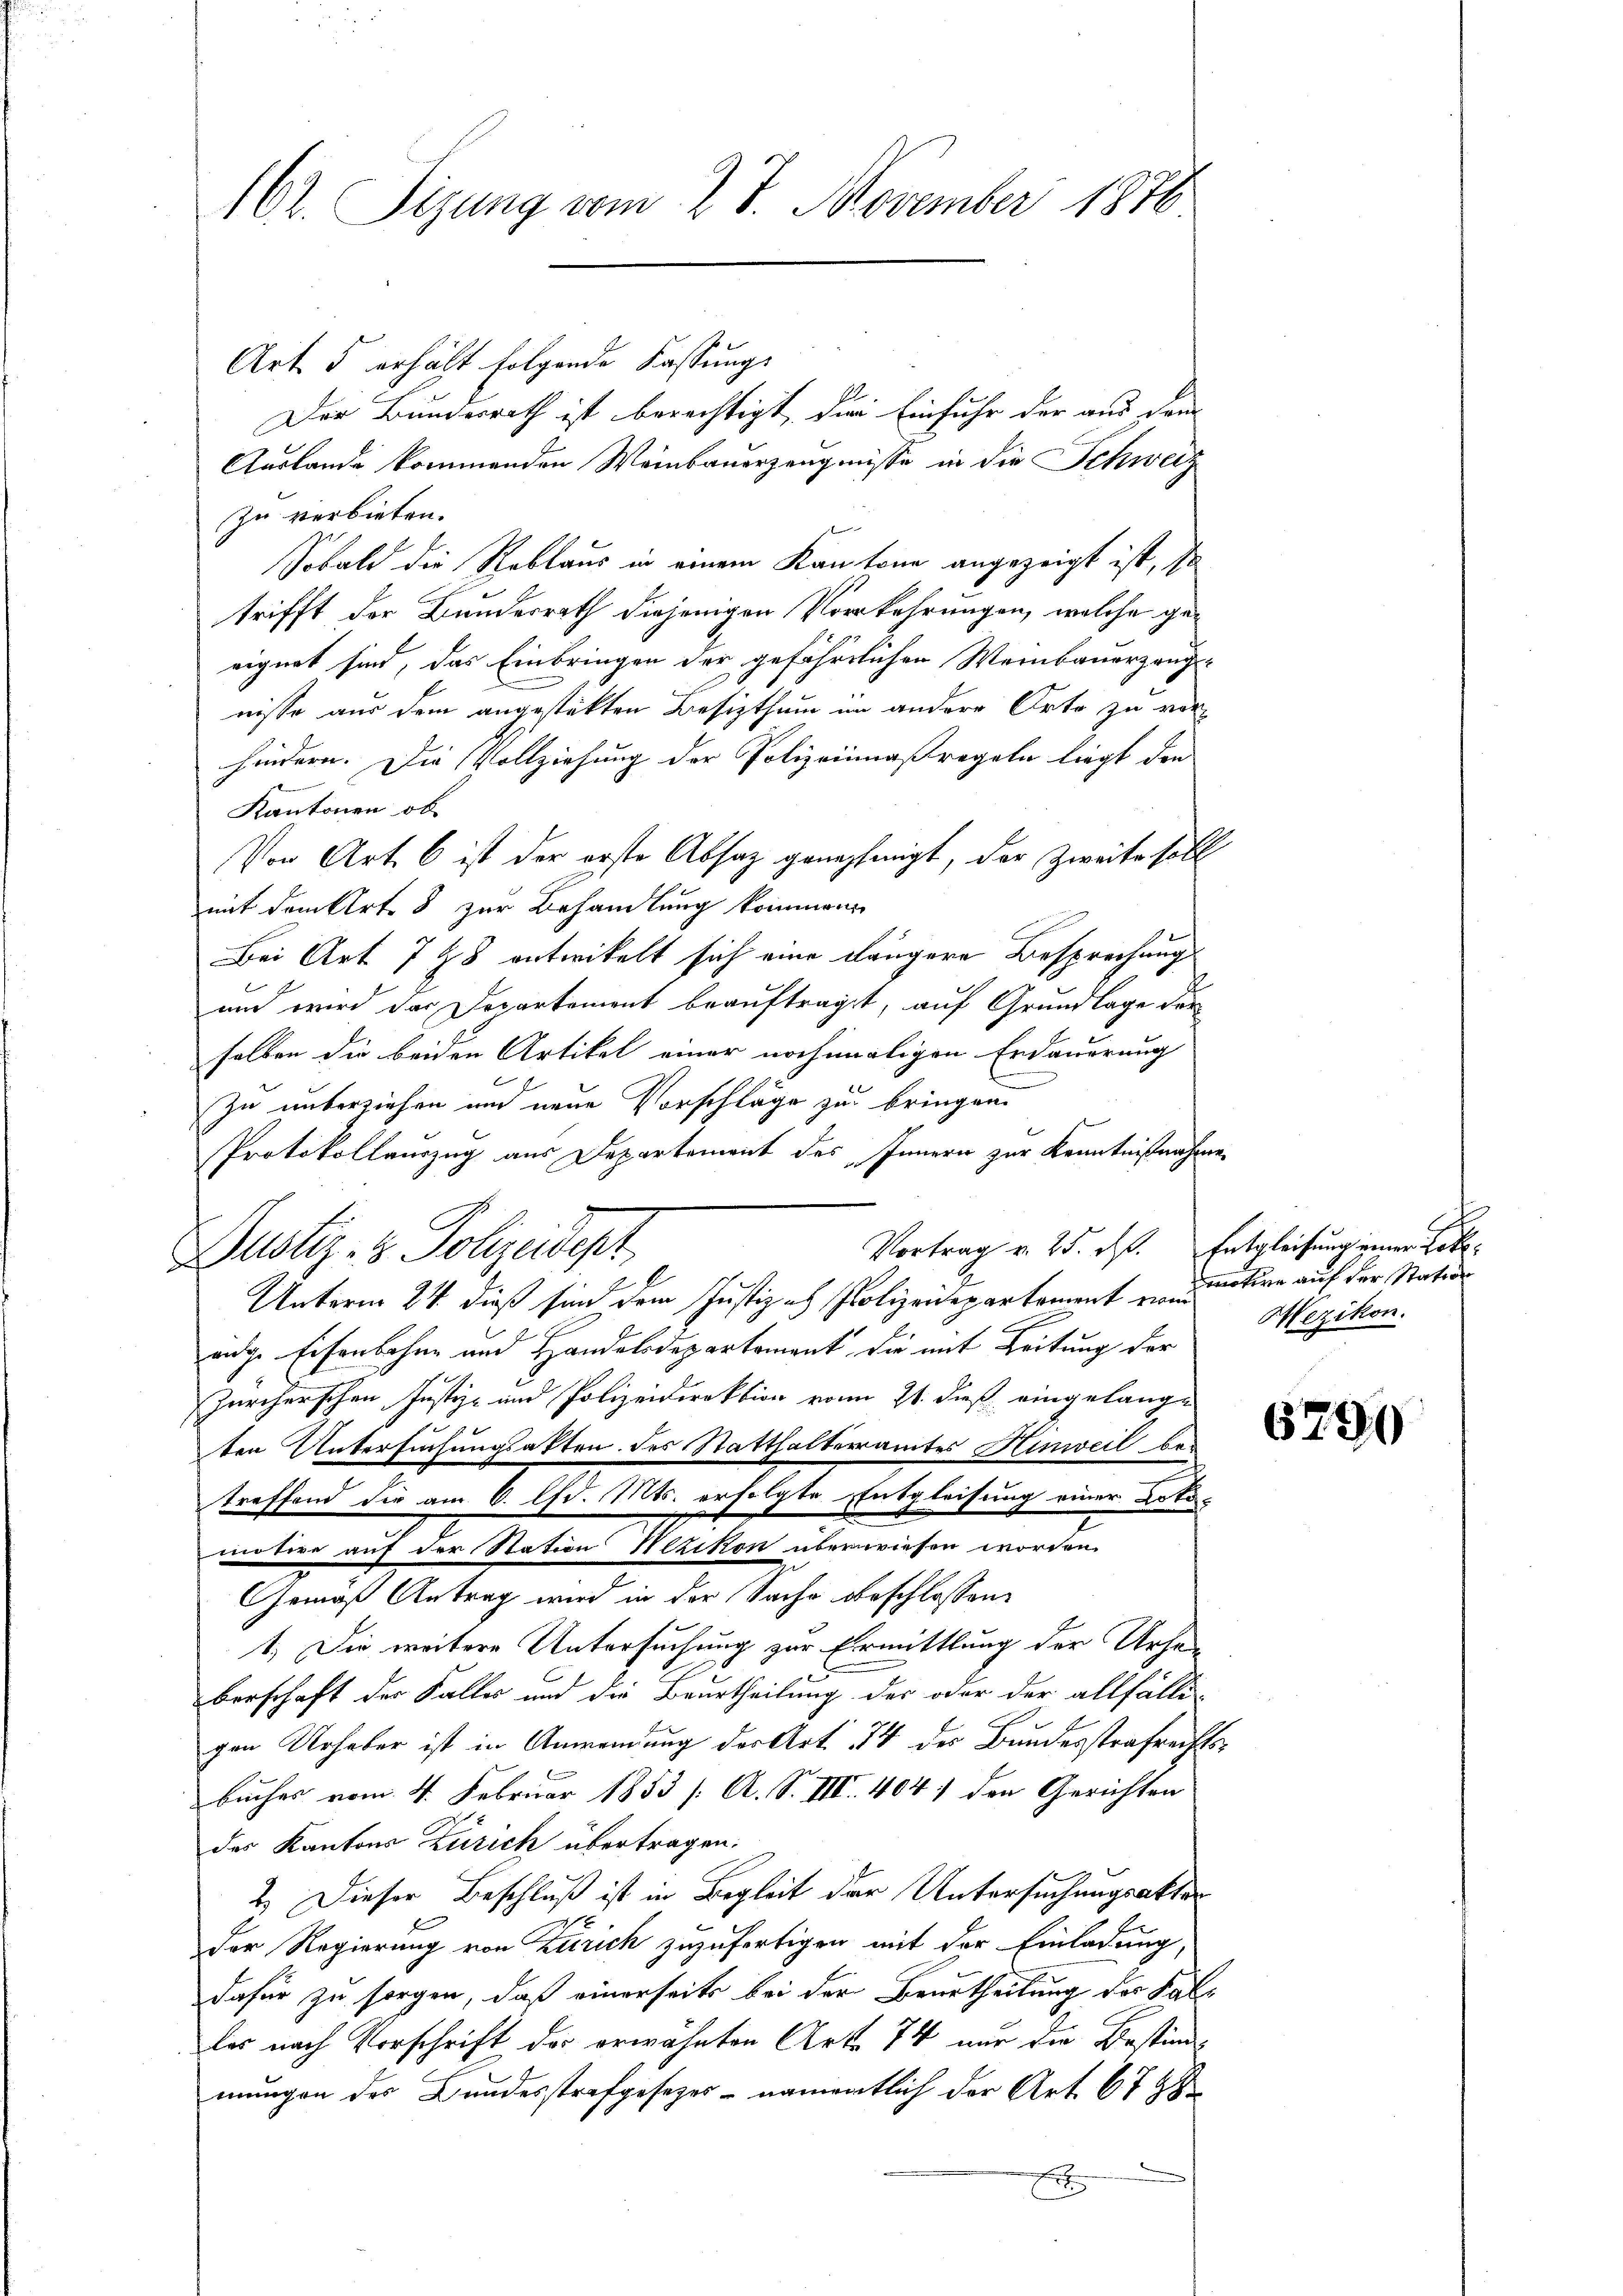
162. Sizung vom 27. November 1876

Art. 5 erhält folgende Fassungs
Der Bundesrath ist berechtigt, die Einfuhr der aus dem
Auslande kommenden Weinbauerzeugnisse in die Schweiz
Zu verbieten.
Sobald die Reblaus in einem Kantone angezeigt ist, so
trifft der Bundesrath diejenigen Vorkehrungen, welche geeignet sind, das Einbringen der gefährlichen Weinbauerzang-
nisse aus dem angestätten Besitzthum im andere Orte zu vor-
hindern. Die Vollziehung der Polizeinmaßregeln liegt den
Kantonen ob
Von Art. 6 ist der erste Absatz genehmigt, der Zweite soll
mit dem Art. 8 zur Behandlung kommen
Bei Art. 728 entwickelt sich eine längere Besprechung
und wird das Departement beauftragt, auf Grundlage vorselben die beiden Artikel einer nochmaligen Erdauerung
zu unterziehen und neue Vorschläge zu bringen.
Protokollauszug aus Departement des Innern zur Kenntnißnahme
Dustiz- & Polizeidept
Unterm 24. dieß sind dem Justiz - Polizeidepartement vom
.
e
eige Eisenbahne und Handelsdepartement, die mit Zeitung der
Zürcherschen Justiz- und Polizeidirektion vom 21. dieß eingelange
ten Untersuchungsakten des Statthalteramtes Hinweil betreffend die am 6. lfd. Mts. erfolgte Entgleisung einer Lotomotive auf der Station Wezikon überwiesen worden
Gemäß Antrag wird in der Sache beschlossene
1.) Die weitere Untersuchung zur Ermittlung der Urhaberschaft der Falles und die Beurtheilung der oder der allfälli-
gen Urhaber ist in Anwendung der Art. 74 des Bundesstrafrechtsbuches vom 4. Februar 1853 /: A. S. III. 4041 den Gerichten
des Kantons Zürich übertragen.
2. Dieser Beschluß ist in Begleit der Untersuchungsakter
17
Der Regierung von Zürich zuzufertigen mit der Einladung,
dafür zu sorgen, daß einerseits bei der Beurtheilung der Falles nach Vorschrift des erwähnten Art. 74 nur die Bestimmungen des Bundesstrafgesetzes - namentlich der Art. 6788
x

Vortrag v. 25. d. Entgleichung einer Lot¬

A
motive auf der Station
Wezikon.

672

)